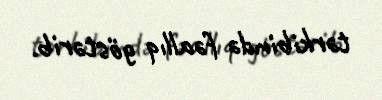
tərkibində fəallıq göstərib.